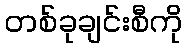
တစ်ခုချင်းစီကို